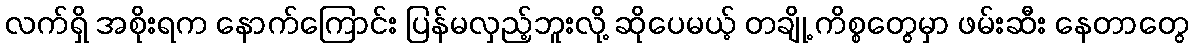
လက်ရှိ အစိုးရက နောက်ကြောင်း ပြန်မလှည့်ဘူးလို့ ဆိုပေမယ့် တချို့ ကိစ္စတွေမှာ ဖမ်းဆီး နေတာတွေ